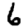
Digit: 6